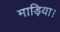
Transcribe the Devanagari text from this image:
माड़िया।